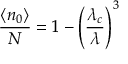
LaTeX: { \frac { \langle n _ { 0 } \rangle } { N } } = 1 - \left( { \frac { \lambda _ { c } } { \lambda } } \right) ^ { 3 }